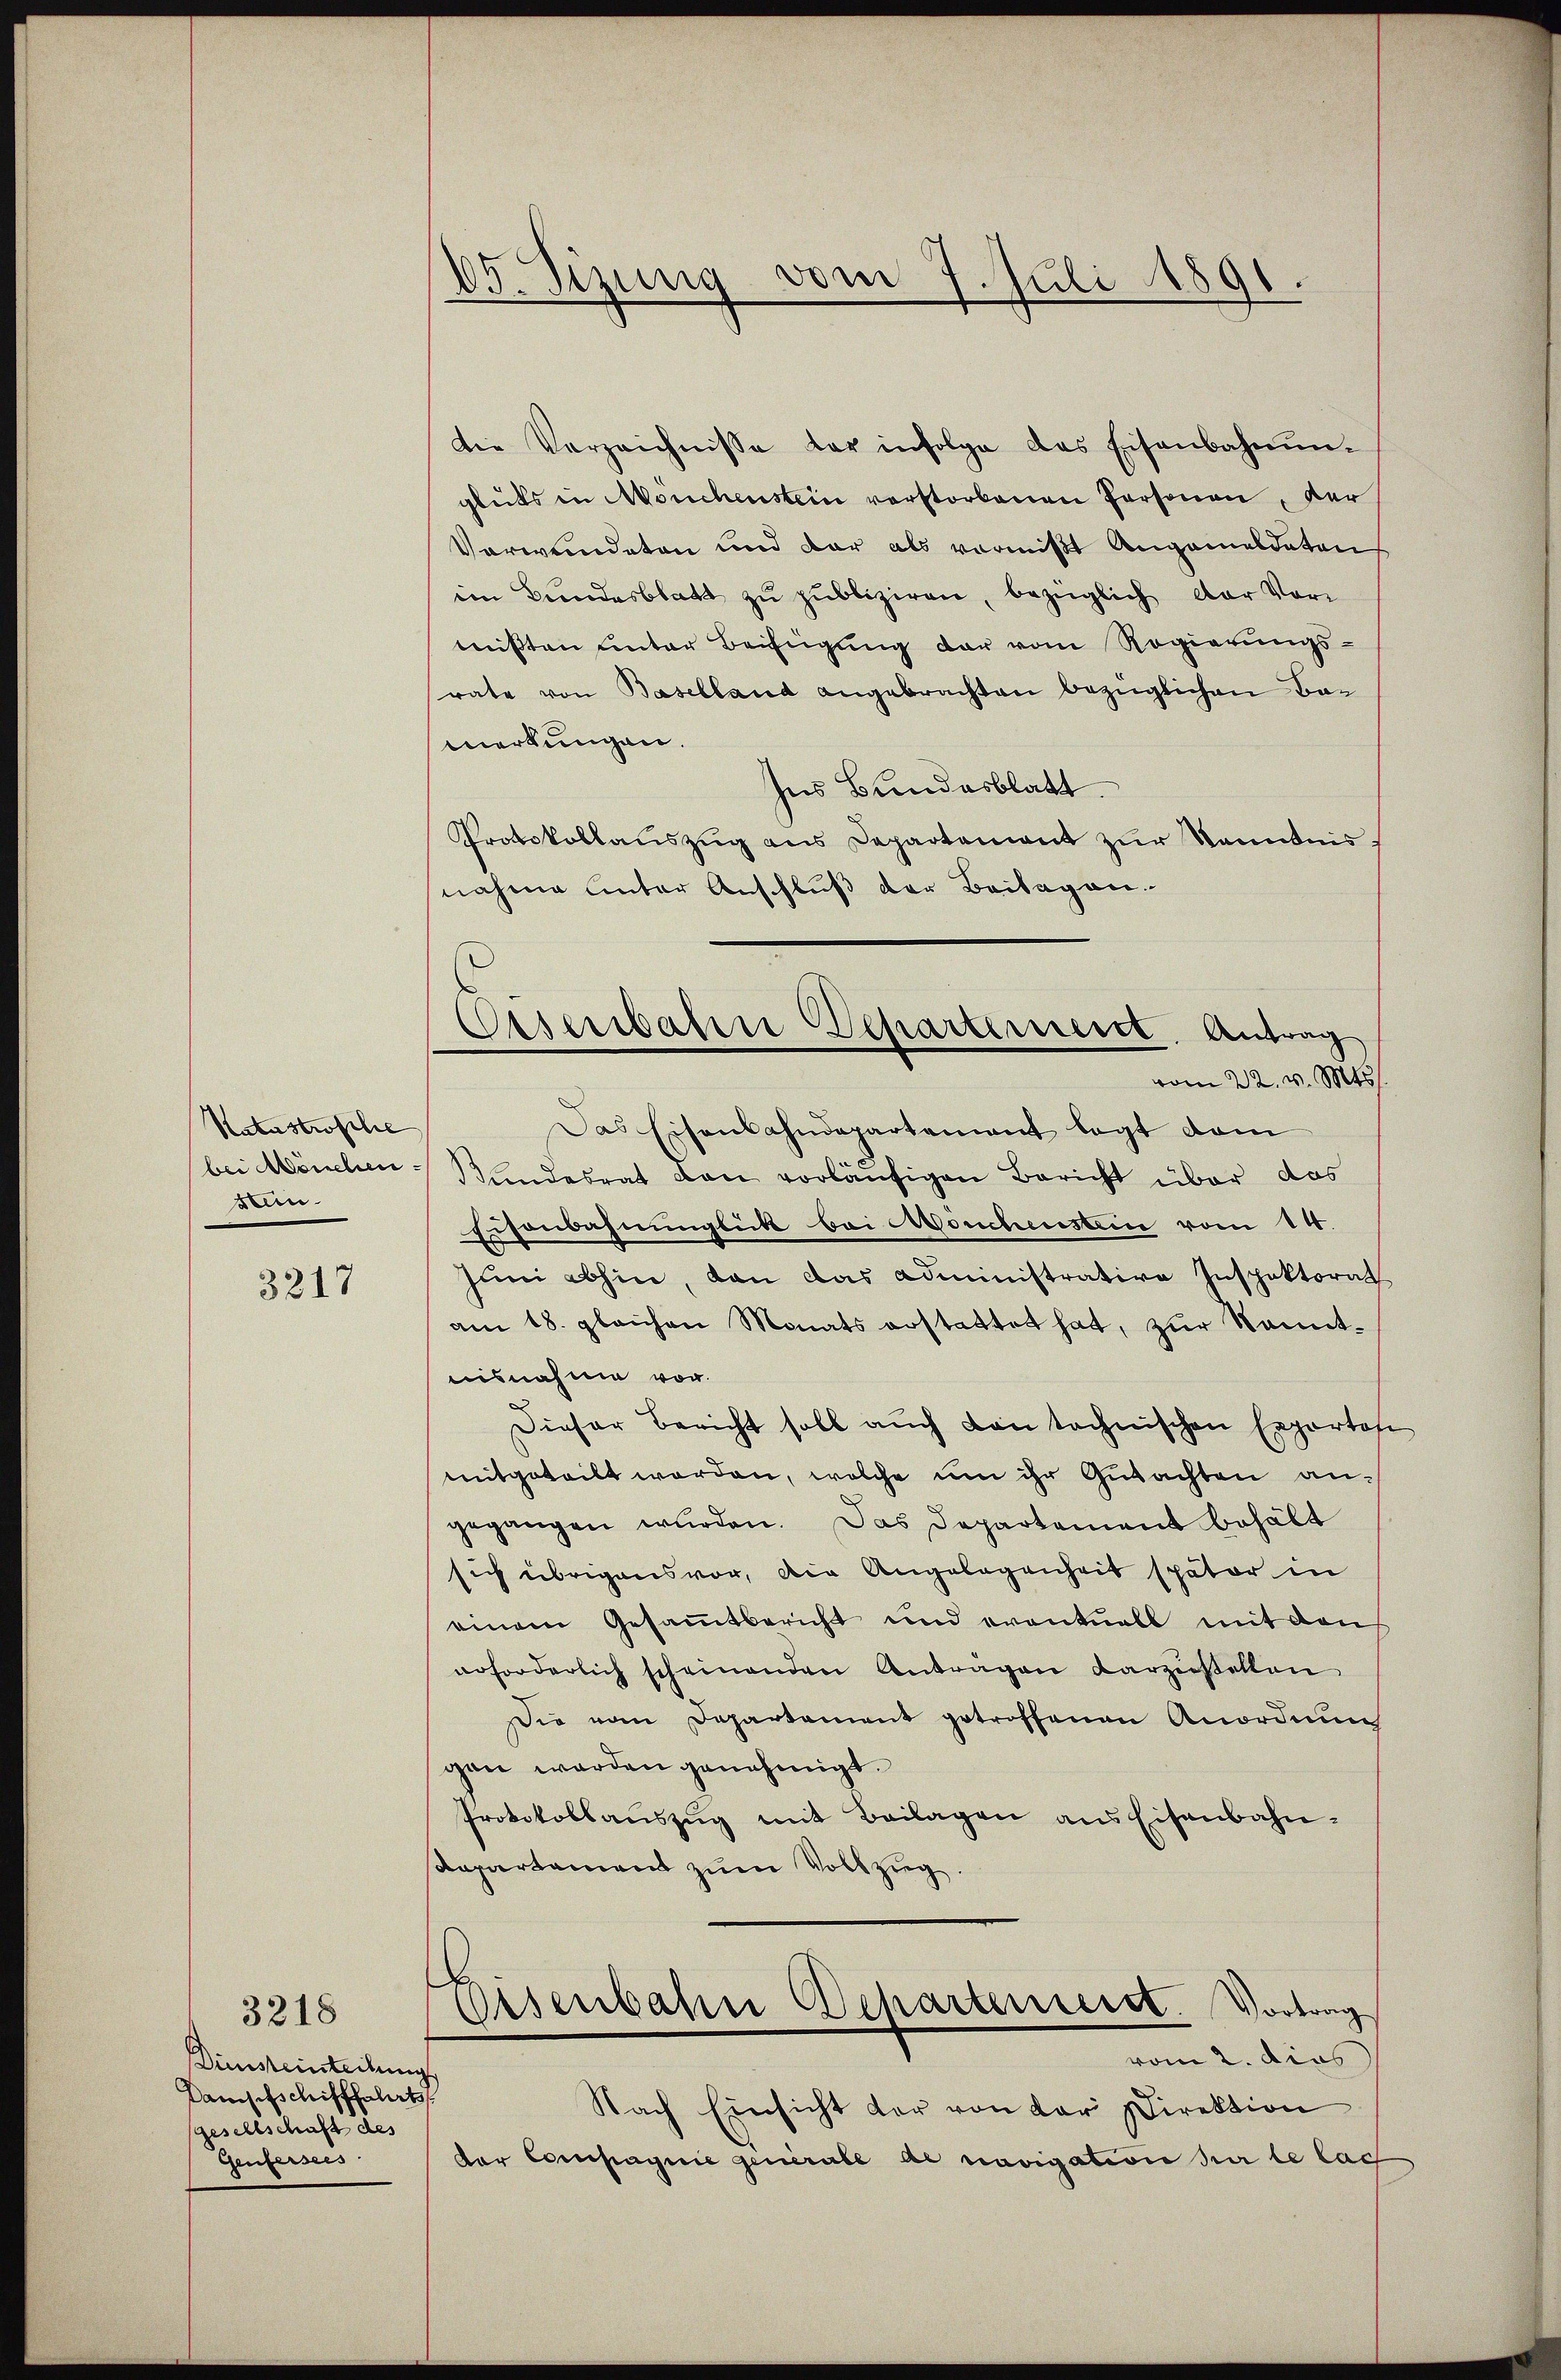
Natastrosche
stein.

3217

3218
Dinsteinteilung
Dampfschifffahrts
gesellschaft des
Genfersees

05. Sizung
vom 7. Juli 1891.

die Verzeichnisse der infolge das Eisenbahnŭn-
glüks in Mouchenstein verstorbenen Personen, der
Verwendeten und dar als vermißt Angemeldeten
im Bundesblatt zu publiziren, bezüglich der Vormißten unter Beifügung der vom Regierungsrate von Baselland angebrachten bezüglichen Bamerkungen.
Ins Bundesblatt.
Protokollauszug aus Departement zur Kenntnis
nahme unter Anschluß der Beilagen.
Das Eisenbahndepartement legt dam
bei Mönchen Wandesrat den vorläufigen Bericht über das
Eisenbahnunglück bei Mouchenstein vom 14.
Juni abhin, dan das Administrative Inspektorat
am 18. gleichen Monats erstattet hat, zur Kenntuisnahme vor.
Dieser Bericht soll auch von technischen Exportofi
mitgeteilt worden, welche um ihr Gutachten angegangen wurden. Das Departement behält
sich übrigens vor, die Angelegenheit später in
einem Gesammtbericht und eventuell mit den
erforderlich scheinenden Antragen darzustellen
Die vom Departement getroffenen Anordnung
gen werden genehmigt.
Protokollaŭszŭg mit Beilagen aus Eisenbahn-
Repartement zum Vollzug.
.
Eisenbahn Departenseret. Vortrag
vom 2. dies
Nach Einsicht der von der Direktion
der Compagnie generale de navigation der le lach

Eisenbahre Departement. Antrag
vom 22. v. Mts.